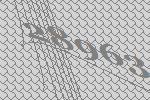
28963